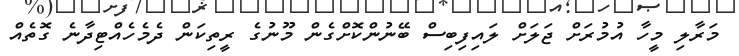
މަރާލި މީހާ އުމުރަށް ޖަލަށް ލައިފިބިސް ބޭނުންކޮށްގެން މޫނުގެ ރީތިކަން ދެމެހެއްޓިދާނެ ގޮތެއް